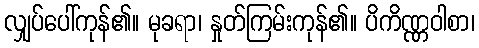
လျှပ်ပေါ်ကုန်၏။ မုခရာ၊ နှုတ်ကြမ်းကုန်၏။ ပိကိဏ္ဏဝါစာ၊